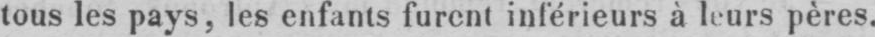
tous les pays, les enfants furent inférieurs à leurs pères.